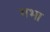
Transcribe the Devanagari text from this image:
गभा